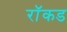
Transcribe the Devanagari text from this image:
रॉकड